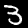
Label: 3